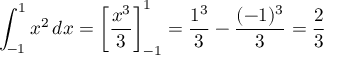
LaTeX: \int _ { - 1 } ^ { 1 } x ^ { 2 } \, d x = \left[ { \frac { x ^ { 3 } } { 3 } } \right] _ { - 1 } ^ { 1 } = { \frac { 1 ^ { 3 } } { 3 } } - { \frac { ( - 1 ) ^ { 3 } } { 3 } } = { \frac { 2 } { 3 } }